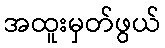
အထူးမှတ်ဖွယ်